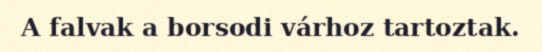
A falvak a borsodi várhoz tartoztak.